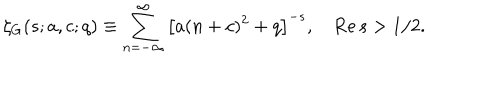
LaTeX: \zeta _ { G } ( s ; a , c ; q ) \equiv \sum _ { n = - \infty } ^ { \infty } \left[ a ( n + c ) ^ { 2 } + q \right] ^ { - s } , \quad \mathrm { R e } \, s > 1 / 2 .